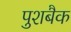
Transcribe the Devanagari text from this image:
पुशबैक